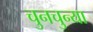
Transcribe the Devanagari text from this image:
चुनचुन्या